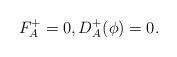
LaTeX: \begin{align*} \begin{aligned} F^{+}_{A}=0,D^{+}_{A}(\phi)=0. \end{aligned} \end{align*}